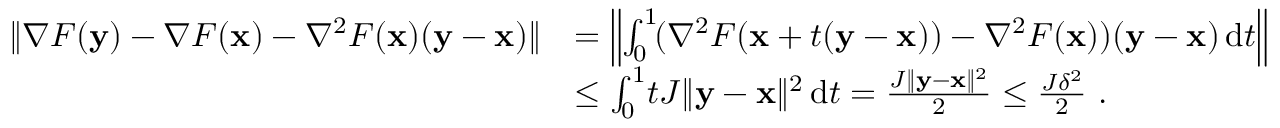
\begin{array} { r l } { \| \nabla F ( \mathbf { y } ) - \nabla F ( { \mathbf x } ) - \nabla ^ { 2 } F ( { \mathbf x } ) ( \mathbf { y } - { \mathbf x } ) \| } & { = \left\| \int _ { 0 } ^ { 1 } \! ( \nabla ^ { 2 } F ( { \mathbf x } + t ( \mathbf { y } - { \mathbf x } ) ) - \nabla ^ { 2 } F ( { \mathbf x } ) ) ( \mathbf { y } - { \mathbf x } ) \, \mathrm { d } t \right\| } \\ & { \le \int _ { 0 } ^ { 1 } \! t J \| \mathbf { y } - { \mathbf x } \| ^ { 2 } \, \mathrm { d } t = \frac { J \| \mathbf { y } - { \mathbf x } \| ^ { 2 } } { 2 } \leq \frac { J \delta ^ { 2 } } { 2 } ~ . } \end{array}